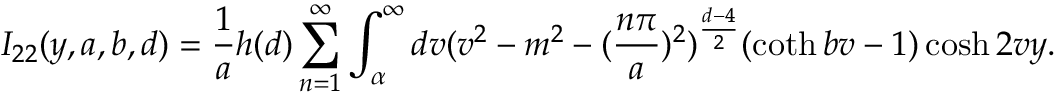
I _ { 2 2 } ( y , a , b , d ) = \frac { 1 } { a } h ( d ) \sum _ { n = 1 } ^ { \infty } \int _ { \alpha } ^ { \infty } d v ( v ^ { 2 } - m ^ { 2 } - ( \frac { n \pi } { a } ) ^ { 2 } ) ^ { \frac { d - 4 } { 2 } } ( \coth b v - 1 ) \cosh 2 v y .